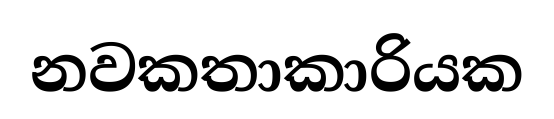
නවකතාකාරියක